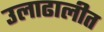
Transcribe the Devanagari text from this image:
उलाढालीत